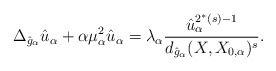
\begin{align*}\Delta_{\hat{g}_\alpha}\hat{u}_\alpha + \alpha\mu_\alpha^2\hat{u}_\alpha =\lambda_\alpha\frac{\hat{u}_\alpha^{2^*(s)-1}}{d_{\hat{g}_\alpha}(X,X_{0,\alpha})^s}.\end{align*}